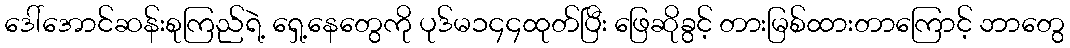
ဒေါ်အောင်ဆန်းစုကြည်ရဲ့ ရှေ့နေတွေကို ပုဒ်မ၁၄၄ထုတ်ပြီး ဖြေဆိုခွင့် တားမြစ်ထားတာကြောင့် ဘာတွေ